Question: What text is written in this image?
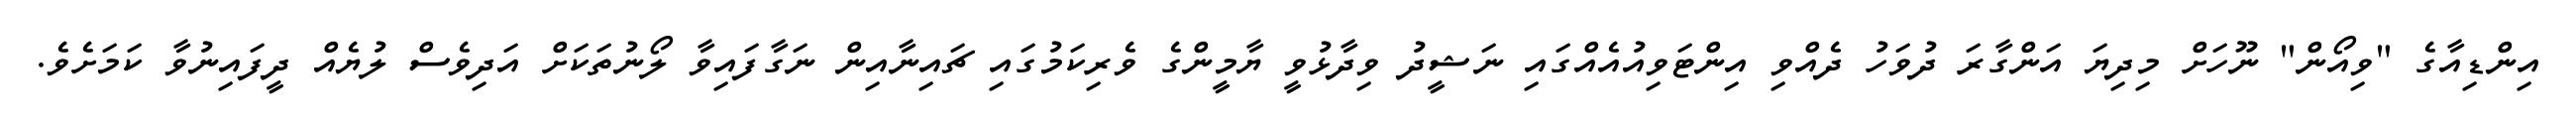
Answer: އިންޑިއާގެ "ވިއޯން" ނޫހަށް މިދިޔަ އަންގާރަ ދުވަހު ދެއްވި އިންޓަވިއުއެއްގައި ނަޝީދު ވިދާޅުވީ ޔާމީންގެ ވެރިކަމުގައި ޗައިނާއިން ނަގާފައިވާ ލޯނުތަކަށް އަދިވެސް ލުޔެއް ދީފައިނުވާ ކަމަށެވެ.